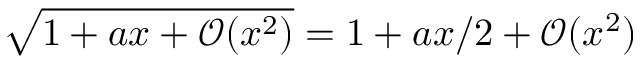
\sqrt { 1 + a x + \mathcal O ( x ^ { 2 } ) } = 1 + a x / 2 + \mathcal O ( x ^ { 2 } )